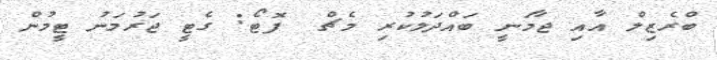
ބްރެޒިލް އާއި ޖާމަނީ ބައްދަލުކުރި މެޗް  ފޮޓޯ: ގެޓީ ޖަރުމަނު ޓީމުން